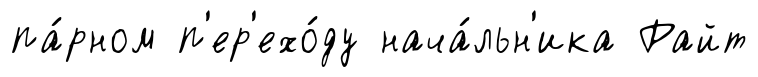
па́рном п'ер'ехо́ду нача́льн'ика Райт